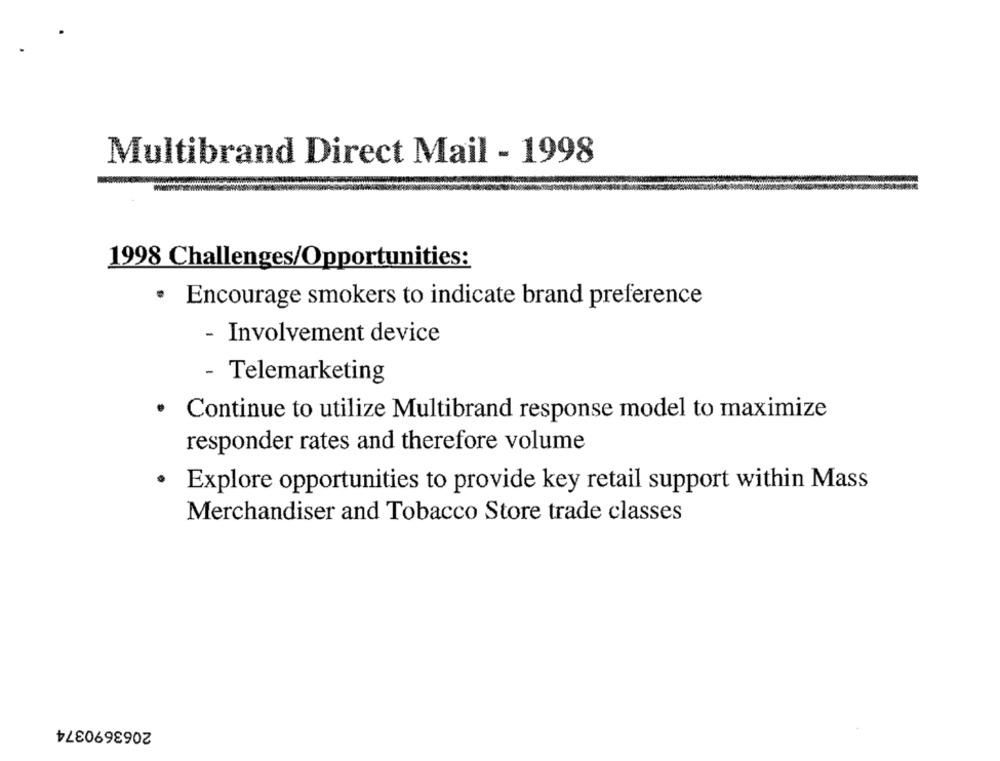
Multibrand Direct Mail - 1998
1998 Challenges/Opportunities:
Encourage smokers to indicate brand preference
- Involvement device
- Telemarketing
· Continue to utilize Multibrand response model to maximize
responder rates and therefore volume
.
Explore opportunities to provide key retail support within Mass
Merchandiser and Tobacco Store trade classes
2063690374